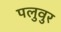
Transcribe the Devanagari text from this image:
पलुवुर